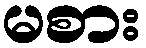
မစား